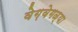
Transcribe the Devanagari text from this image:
वेग़वेगळ्या